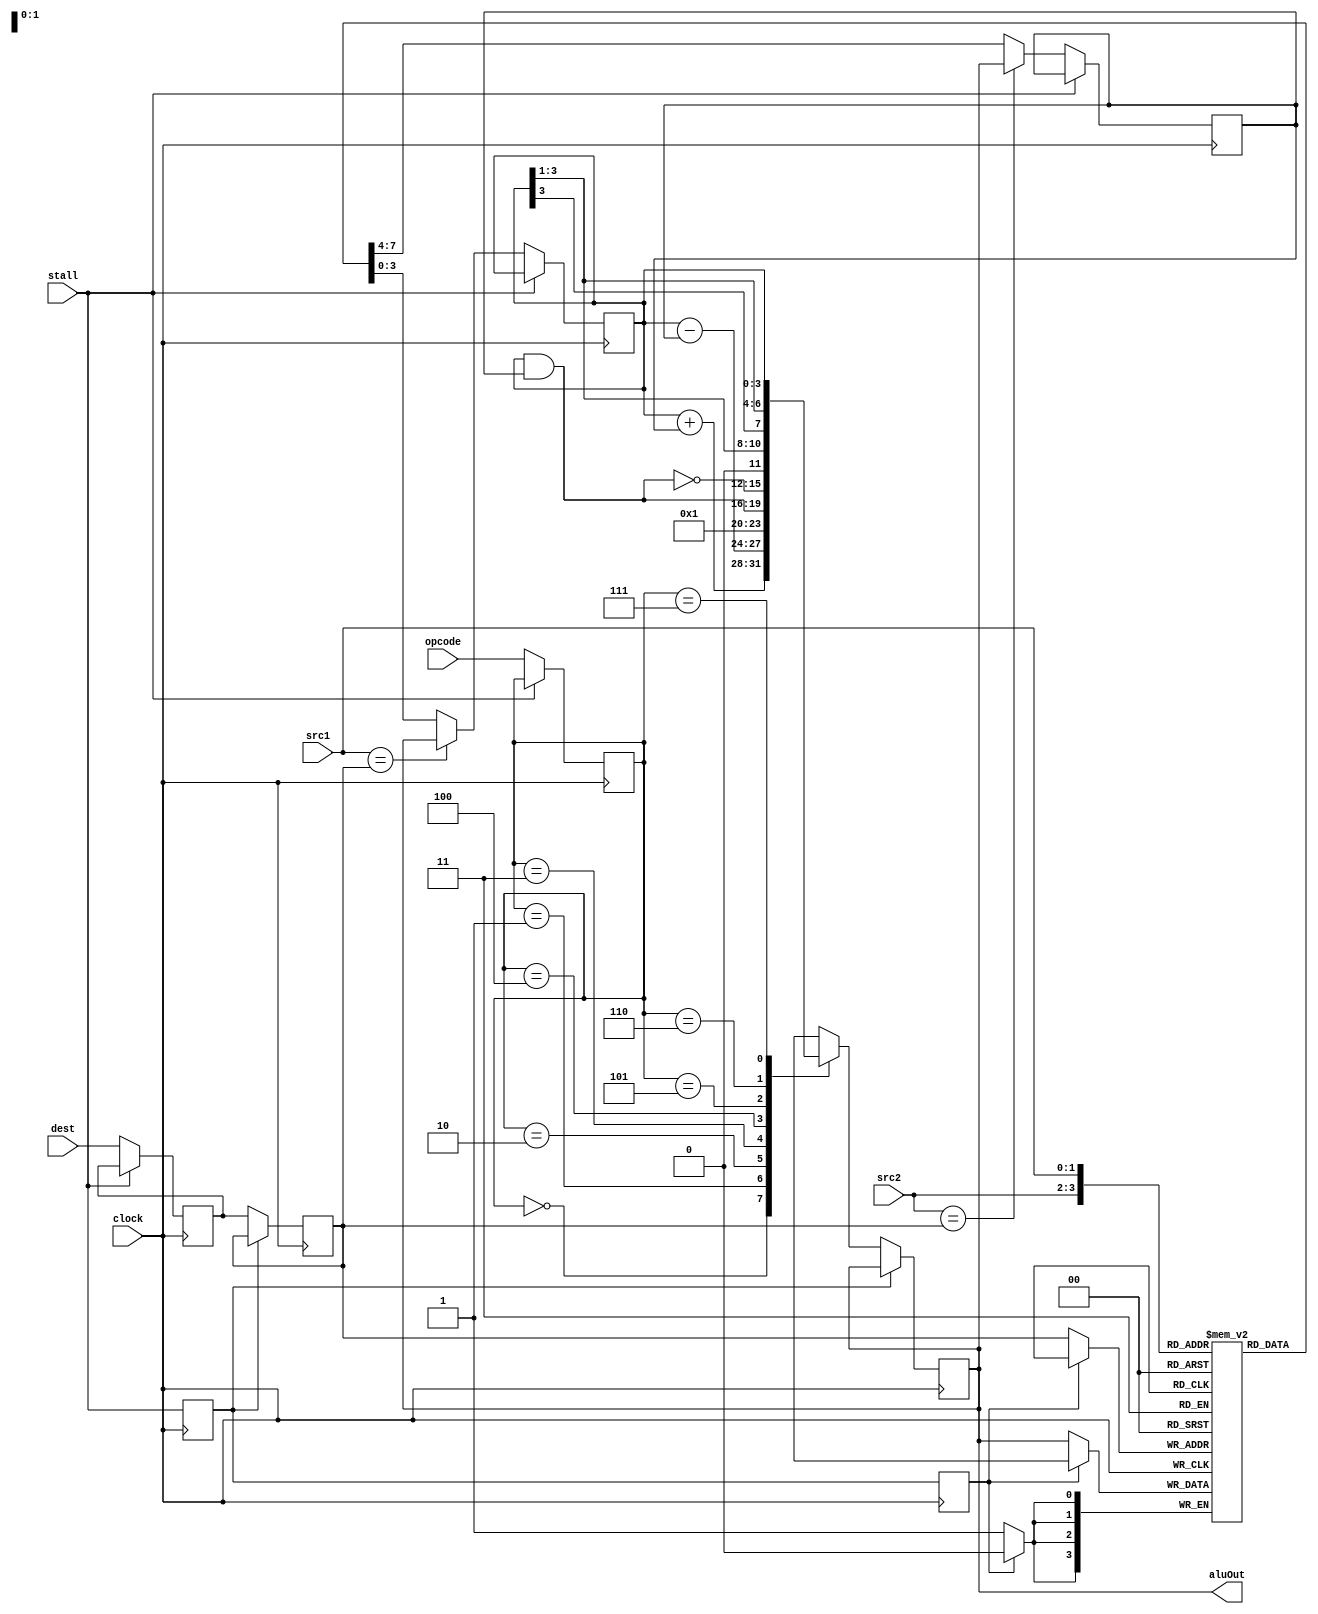
// Elementary pipeline.
//
//
// This pipeline consists of an ALU and a register file.
// At each clock cycle the pipeline starts the execution of a instruction,
// which completes in three cycles unless stalled:
//  1. Read the operands from the register file.
//  2. Perform the ALU operation.
//  3. Write result back to the register file.
//
// The pipeline supports bypass of the write-back stage. Therefore, if an
// instruction depends on the result of the one immediately preceeding it,
// the pipeline needs to stall for just one cycle.
//
// This is a highly artificial example. Notice in particular that the only
// load operations are those that set a register to either 0 or 1.

module palu(clock,stall,opcode,src1,src2,dest,aluOut);
    parameter	   MSB = 3;
    input	   clock;
    input	   stall;
    input [2:0]	   opcode;
    input [1:0]	   src1;
    input [1:0]	   src2;
    input [1:0]	   dest;
    output [MSB:0] aluOut;

    reg		   bubbleEx;
    reg		   bubbleWb;
    reg [1:0]	   destEx;
    reg [1:0]	   destWb;
    reg [2:0]	   opcodeEx;

    reg [MSB:0]	   regFile[0:3];
    reg [MSB:0]	   op1;
    reg [MSB:0]	   op2;
    reg [MSB:0]	   aluOut;

    integer	   i;

    parameter	   ADD = 3'd0,
		   SUB = 3'd1,
		   ONE = 3'd2,
		   AND = 3'd3,
		   NAND = 3'd4,
		   SRL = 3'd5,
		   SRA = 3'd6,
		   CPA = 3'd7;

    function [MSB:0] ALU;
	input [2:0] opc;
	input [MSB:0] o1;
	input [MSB:0] o2;
    begin: _ALU
	case (opc)
	  ADD:  ALU = o1 + o2;
	  SUB:  ALU = o1 - o2;
	  ONE:  ALU = 1;
	  AND:  ALU = o1 & o2;
	  NAND: ALU = ~(o1 & o2);
	  SRL:  ALU = {1'b0,o1[MSB:1]};
	  SRA:  ALU = {o1[MSB],o1[MSB:1]};
	  CPA:  ALU = o1;
	endcase // case (opc)
    end // block: _ALU
    endfunction // ALU

    initial begin
	for (i = 0; i < 4; i = i + 1)
	    regFile[i] = 0;
	op1 = 0;
	op2 = 0;
	aluOut = 0;
	bubbleEx = 0;
	bubbleWb = 0;
	destEx = 2'd0;
	destWb = 2'd0;
	opcodeEx = 3'd0;
    end // initial begin

    always @ (posedge clock) begin
	if (~bubbleWb) begin
	    regFile[destWb] = aluOut;
	end // if (~bubbleWb)
    end // always @ (posedge clock)
    always @ (posedge clock) begin
	if (~bubbleEx) begin
	    aluOut = ALU(opcodeEx,op1,op2);
	    destWb = destEx;
	end // if (~bubbleEx)
    end // always @ (posedge clock)
    always @ (posedge clock) begin
	if (~stall) begin
	    if (src1 == destWb)		// bypass?
		op1 = aluOut;
	    else
		op1 = regFile[src1];
	    if (src2 == destWb)		// bypass?
		op2 = aluOut;
	    else
		op2 = regFile[src2];
	    opcodeEx = opcode;
	    destEx = dest;
	end // if (~stall)
    end // always @ (posedge clock)
    // Update pipe stall registers.
    always @ (posedge clock) begin
	bubbleWb = bubbleEx;
    end // always @ (posedge clock)
    always @ (posedge clock) begin
	bubbleEx = stall;
    end // always @ (posedge clock)

endmodule // palu